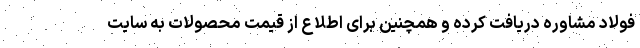
فولاد مشاوره دریافت کرده و همچنین برای اطلاع از قیمت محصولات به سایت